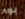
بود